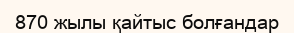
870 жылы қайтыс болғандар